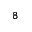
_ 8